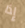
إذا